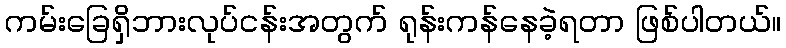
ကမ်းခြေရှိဘားလုပ်ငန်းအတွက် ရုန်းကန်နေခဲ့ရတာ ဖြစ်ပါတယ်။